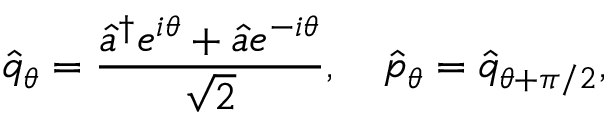
\hat { q } _ { \theta } = \frac { \hat { a } ^ { \dagger } e ^ { i \theta } + \hat { a } e ^ { - i \theta } } { \sqrt { 2 } } , \quad \hat { p } _ { \theta } = \hat { q } _ { \theta + \pi / 2 } ,